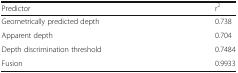
<table><thead><tr><td><b>Predictor</b></td><td><b>r<sup>2</sup></b></td></tr></thead><tbody><tr><td>Geometrically predicted depth</td><td>0.738</td></tr><tr><td>Apparent depth</td><td>0.704</td></tr><tr><td>Depth discrimination threshold</td><td>0.7484</td></tr><tr><td>Fusion</td><td>0.9933</td></tr></tbody></table>